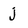
Character: j